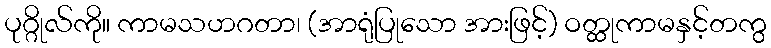
ပုဂ္ဂိုလ်ကို။ ကာမသဟဂတာ၊ (အာရုံပြုသော အားဖြင့်) ဝတ္ထုကာမနှင့်တကွ